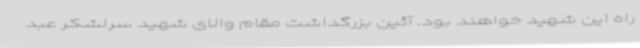
راه این شهید خواهند بود. آئین بزرگداشت مقام والای شهید سرلشکر عبد